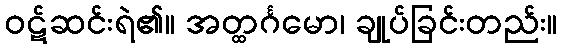
ဝဋ်ဆင်းရဲ၏။ အတ္ထင်္ဂမော၊ ချုပ်ခြင်းတည်း။